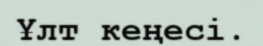
Ұлт кеңесі.